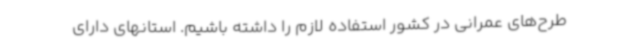
طرح‌های عمرانی در کشور استفاده لازم را داشته باشیم. استانهای دارای